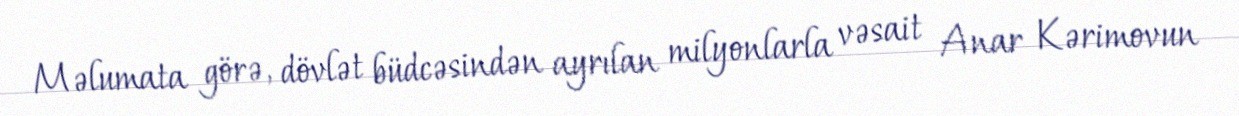
Məlumata görə, dövlət büdcəsindən ayrılan milyonlarla vəsait Anar Kərimovun